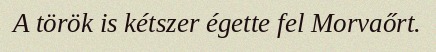
A török is kétszer égette fel Morvaőrt.